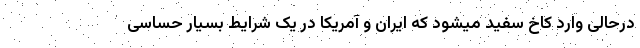
درحالی وارد کاخ سفید میشود که ایران و آمریکا در یک شرایط بسیار حساسی